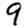
Digit: 9